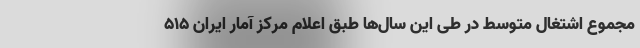
مجموع اشتغال متوسط در طی این سال‌ها طبق اعلام مرکز آمار ایران ۵۱۵